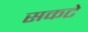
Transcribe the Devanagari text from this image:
सकटे